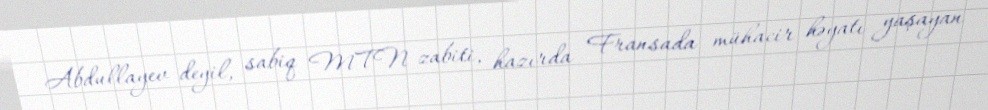
Abdullayev deyil, sabiq MTN zabiti, hazırda Fransada mühacir həyatı yaşayan